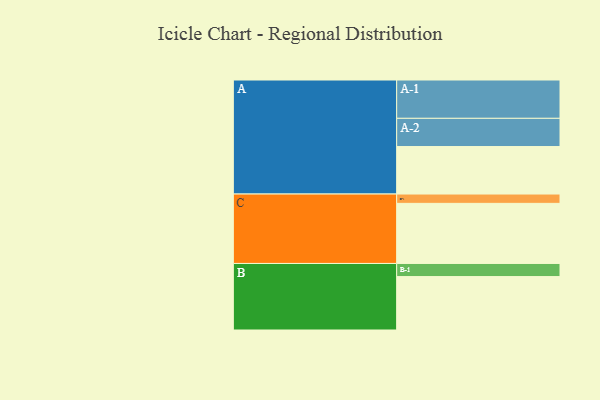
{"axis": {"x": "Segment", "y": "Value"}, "legend": ["", "A", "B", "C"], "data": [{"x": "A", "y": 362, "type": ""}, {"x": "B", "y": 407, "type": ""}, {"x": "C", "y": 458, "type": ""}, {"x": "A-1", "y": 292, "type": "A"}, {"x": "A-2", "y": 215, "type": "A"}, {"x": "B-1", "y": 100, "type": "B"}, {"x": "C-1", "y": 71, "type": "C"}]}